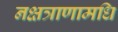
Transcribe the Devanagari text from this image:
नक्षत्राणामधि